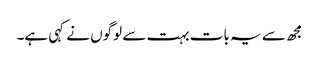
مجھ سے یہ بات بہت سے لوگوں نے کہی ہے۔